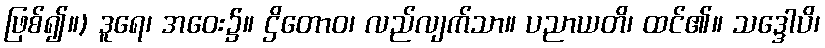
ဖြစ်၍။) ဒူရေ၊ အဝေး၌။ ဌိတောဝ၊ လည်လျက်သာ။ ပညာယတိ၊ ထင်၏။ သဒ္ဒေါပိ၊